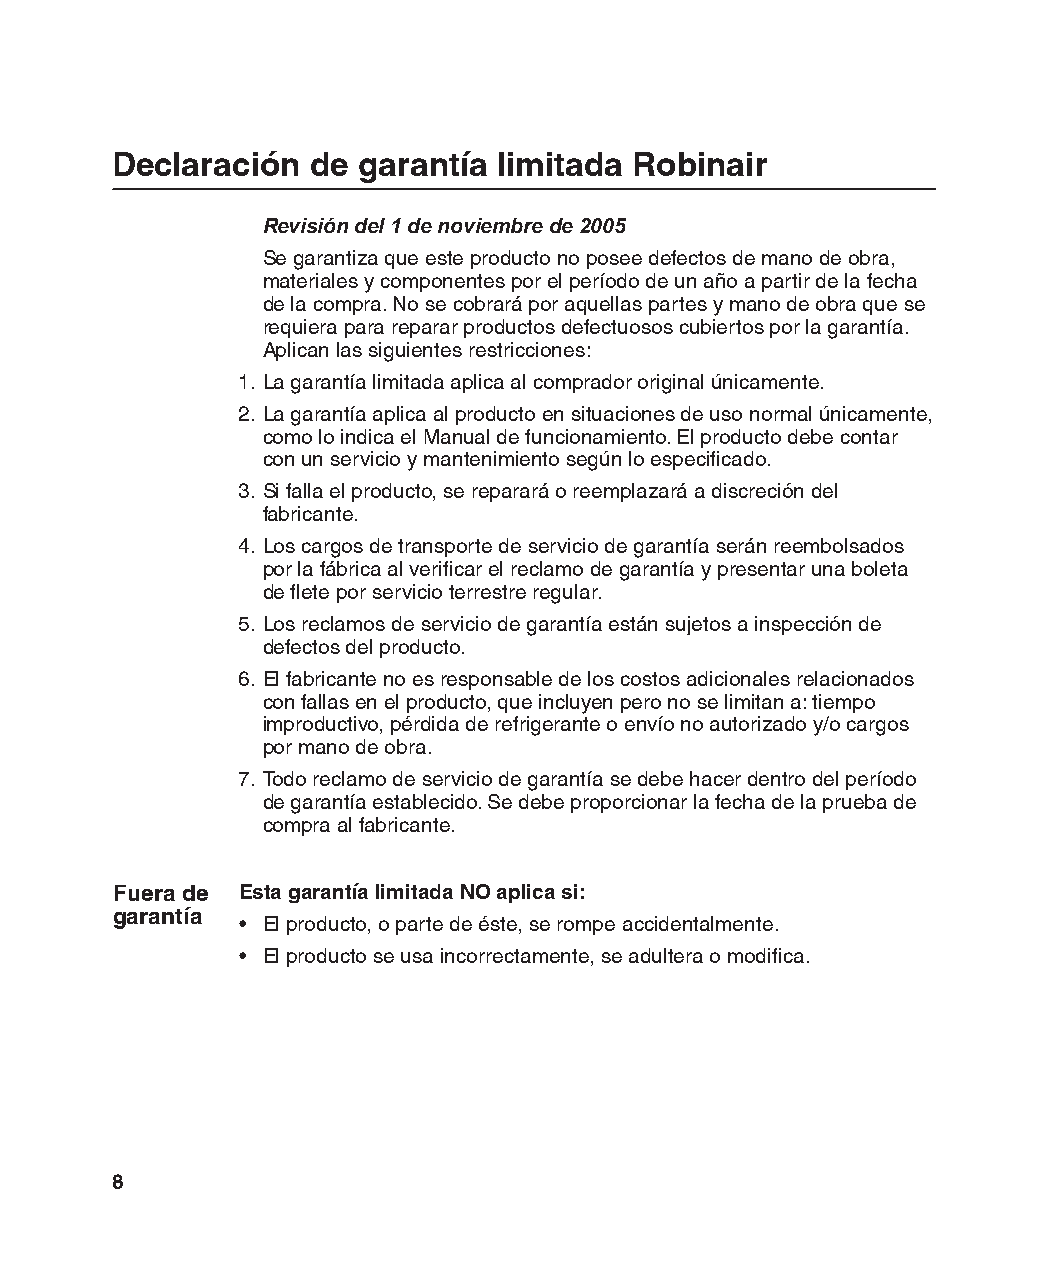
Declaración   de garantía limitada Robinair
 Revisión del 1 de noviembre de 2005
 Se garantiza que este producto no posee defectos de mano de obra,
 materiales y componentes por el período de un año a partir de la fecha
 de la compra. No se cobrará por aquellas partes y mano de obra que se
 requiera para reparar productos defectuosos cubiertos por la garantía.
 Aplican las siguientes restricciones:
 1. La garantía limitada aplica al comprador original únicamente.
 2. La garantía aplica al producto en situaciones de uso normal únicamente,
 como lo indica el Manual de funcionamiento. El producto debe contar
 con un servicio y mantenimiento según lo especificado.
 3. Si falla el producto, se reparará o reemplazará a discreción del
 fabricante.
 4. Los cargos de transporte de servicio de garantía serán reembolsados
 por la fábrica al verificar el reclamo de garantía y presentar una boleta
 de flete por servicio terrestre regular.
 5. Los reclamos de servicio de garantía están sujetos a inspección de
 defectos del producto.
 6. El fabricante no es responsable de los costos adicionales relacionados
 con fallas en el producto, que incluyen pero no se limitan a: tiempo
 improductivo, pérdida de refrigerante o envío no autorizado y/o cargos
 por mano de obra.
 7. Todo reclamo de servicio de garantía se debe hacer dentro del período
 de garantía establecido. Se debe proporcionar la fecha de la prueba de
 compra al fabricante.
 Fuera de Esta garantía limitada NO aplica si:
 garantía
 • El producto, o parte de éste, se rompe accidentalmente.
 • El producto se usa incorrectamente, se adultera o modifica.
 8